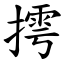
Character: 摴